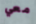
معي